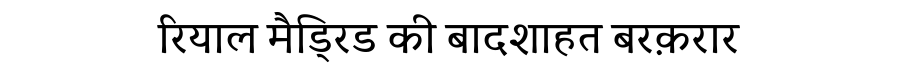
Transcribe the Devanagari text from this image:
रियाल मैड्रिड की बादशाहत बरक़रार